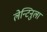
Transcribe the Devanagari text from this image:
लेन्टिनुला